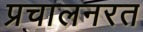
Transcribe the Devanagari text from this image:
प्रचालनरत